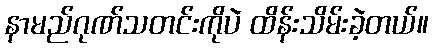
နာမည်ဂုဏ်သတင်းကိုပဲ ထိန်းသိမ်းခဲ့တယ်။